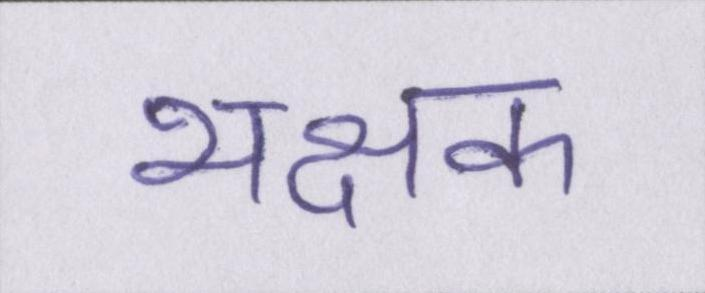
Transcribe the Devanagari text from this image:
भक्षक